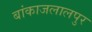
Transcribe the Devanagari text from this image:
बांकाजलालपुर